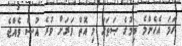
ހަމަ އެހެންމެ ބިމުގެ ޞަޠަޙަ މި އޮތް ވަރަށް ވުރެ އުސް ވެއްޖެ